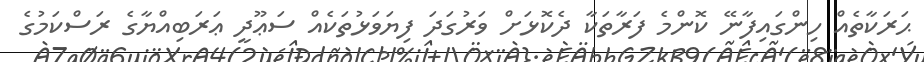
ޙަރަކާތެއް ހިންގައިފާނޭ ކޮންމެ ފަރާތަކާ ދެކޮޅަށް ވަރުގަދަ ފިޔަވަޅުތަކެއް ސަޢޫދީ ޢަރަބިއްޔާގެ ރަސްކަމުގެ